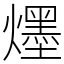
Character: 爅